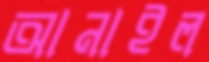
আনাইল